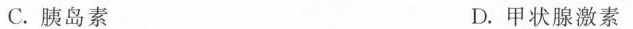
C.胰岛素 D.甲状腺激素